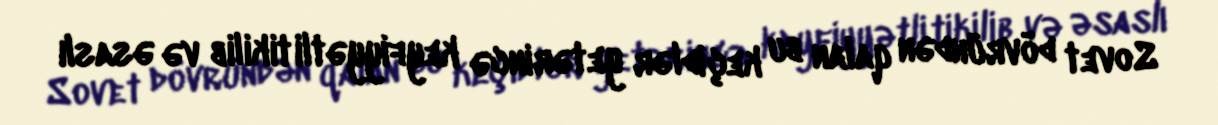
Sovet dövründən qalan bu keçidlər yetərincə keyfiyyətli tikilib və əsaslı